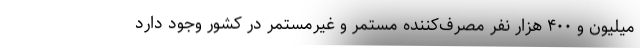
میلیون و ۴۰۰ هزار نفر مصرف‌کننده مستمر و غیرمستمر در کشور وجود دارد